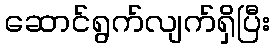
ဆောင်ရွက်လျက်ရှိပြီး